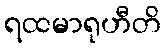
ရထမာရုဟီတိ